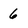
Character: 6